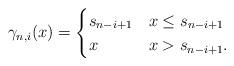
LaTeX: \begin{align*}\gamma_{n,i}(x) =\begin{cases} s_{n-i+1} & x \leq s_{n-i+1} \\ x & x > s_{n-i+1}.\end{cases}\end{align*}